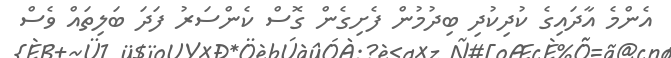
އެންމެ އާދައިގެ ކުދިކުދި ބިދުމުން ފެށިގެން ގޮސް ކެންސަރު ފަދަ ބަލިތައް ވެސް